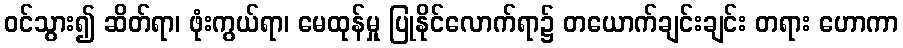
ဝင်သွား၍ ဆိတ်ရာ၊ ဖုံးကွယ်ရာ၊ မေထုန်မှု ပြုနိုင်လောက်ရာ၌ တယောက်ချင်းချင်း တရား ဟောကာ